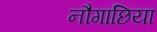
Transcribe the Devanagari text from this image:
नौगाछिया